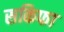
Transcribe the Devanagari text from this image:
सकिफा